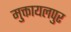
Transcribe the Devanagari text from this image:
मुक्तायलपुर